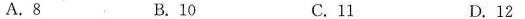
A.8 B.10 C.11 D.12